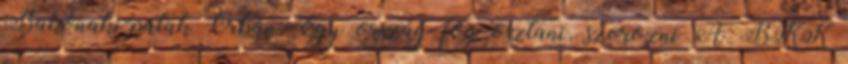
Bakónaki-patak Orbán: Egy ország fog osztani, szorozni A BKK